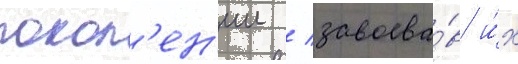
покол'ен'ии / завоева́в и́х